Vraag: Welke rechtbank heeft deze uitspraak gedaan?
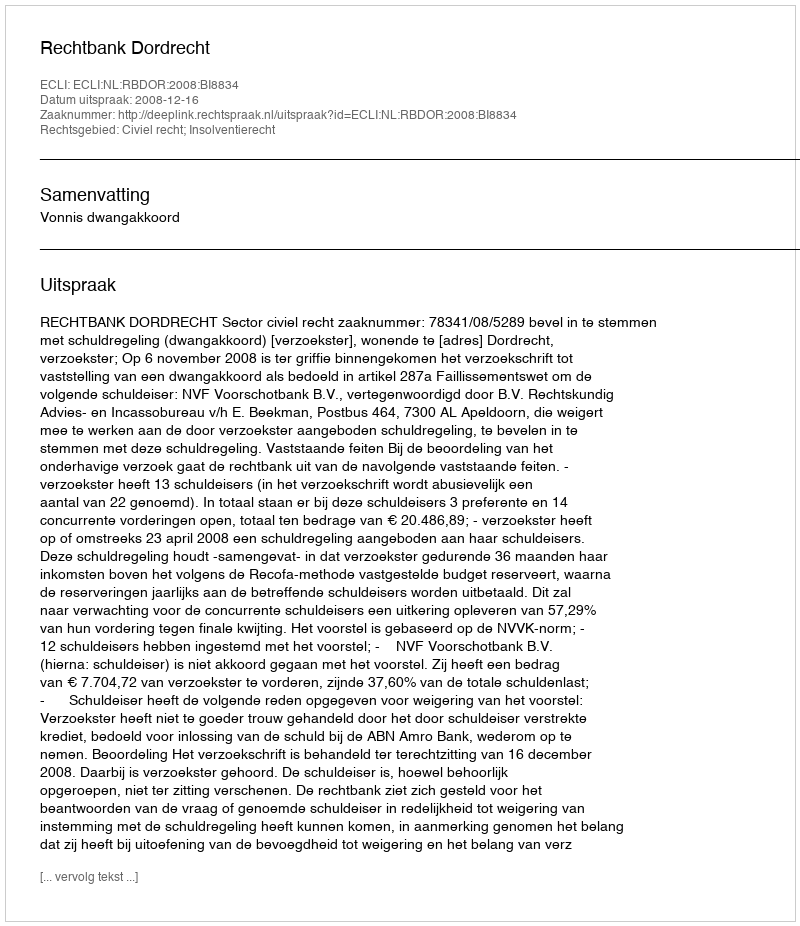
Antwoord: Rechtbank Dordrecht